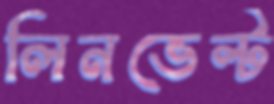
লিনভেল্ট